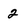
Character: 2